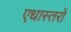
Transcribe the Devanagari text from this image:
एधास्तरों